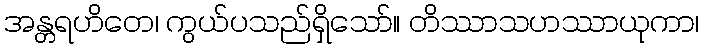
အန္တရဟိတေ၊ ကွယ်ပသည်ရှိသော်။ တိဿာသဟဿာယုကာ၊